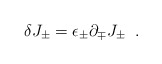
\begin{align*}\delta J_{\pm}= \epsilon_{\pm}\partial_{\mp}J_{\pm}\;\;.\end{align*}